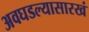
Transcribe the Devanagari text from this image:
अवघडल्यासारखं